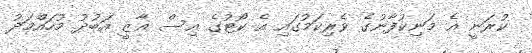
ކުރަނީ އެ މަނިކުފާނުގެ ވެރިކަމުގައި އެ ކޯޓުގެ އިސް ޣާޒީ އަބުދު މުހައްމަދު